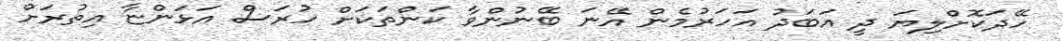
ހޭދަކޮށްލިޔަ ދީ އަބަދު އަހަރުމެން އޭނަ ބޭނުންވާ ކަންތަކަށް ހުރަސް އަޅަންޏާ އިތުރަށް